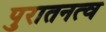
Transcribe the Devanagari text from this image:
पुरातनत्व